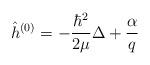
LaTeX: \begin{align*}\hat h^{(0)} = - \frac{\hbar^2}{2\mu}\Delta + \frac{\alpha}{q}\end{align*}